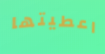
اعطيتها